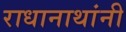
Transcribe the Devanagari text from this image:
राधानाथांनी